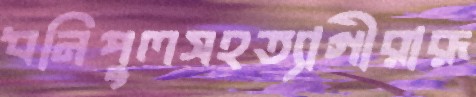
ধনিপুলসহত্যাগীরারূ